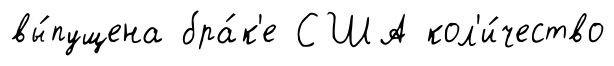
вы́пущена бра́к'е США кол'и́чество